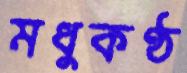
মধুকণ্ঠ